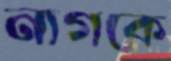
নাগকে